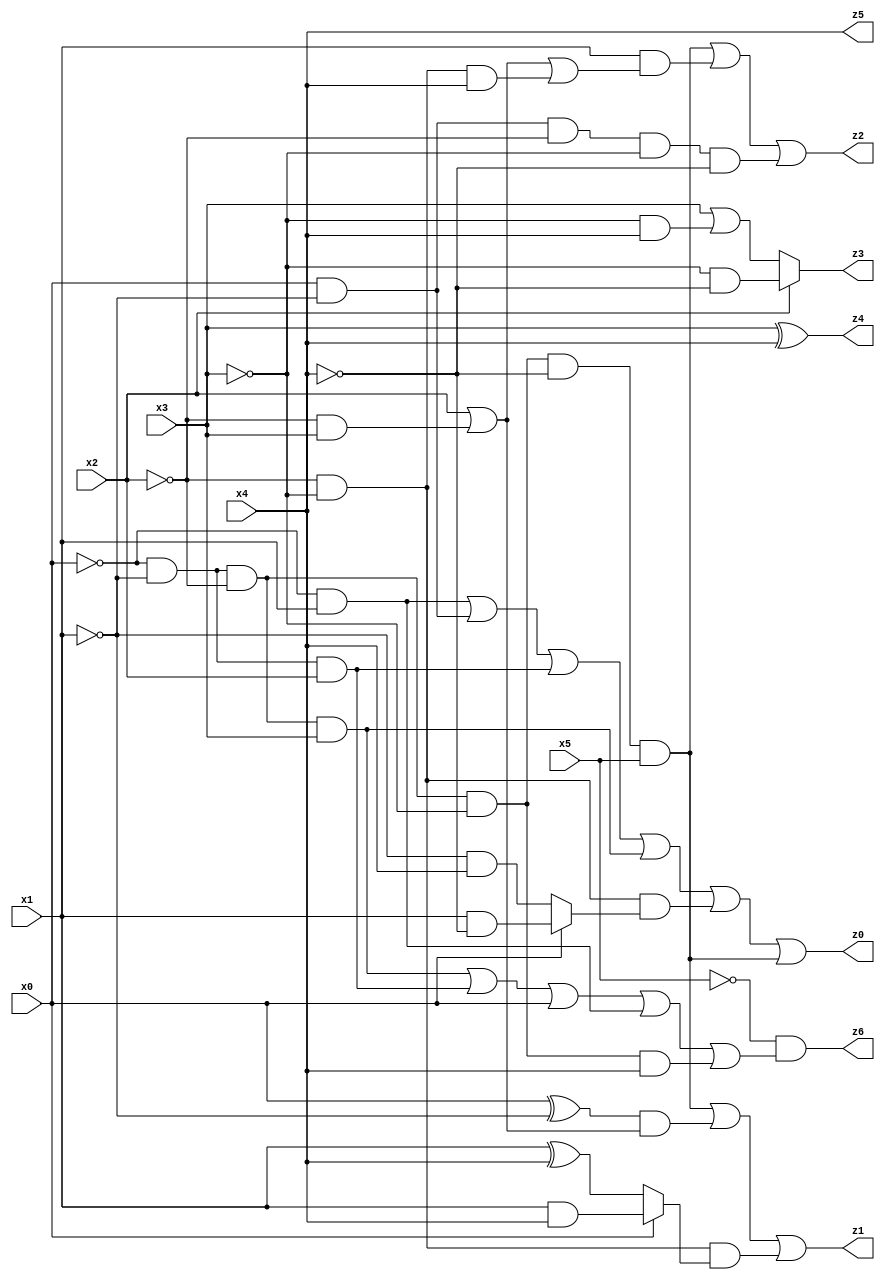
// Benchmark "X_8" written by ABC on Wed Jun 07 15:55:30 2023

module X_22 ( 
    x0, x1, x2, x3, x4, x5,
    z0, z1, z2, z3, z4, z5, z6  );
  input  x0, x1, x2, x3, x4, x5;
  output z0, z1, z2, z3, z4, z5, z6;
  assign z0 = (~x0 & x1) | (x0 & ~x1) | (~x0 & ~x1 & x2) | (~x0 & ~x1 & ~x2 & x3) | (~x2 & ~x3 & (x0 ? (x1 & ~x4) : (~x1 & x4))) | (~x0 & ~x1 & ~x2 & ~x3 & ~x4 & x5);
  assign z1 = (~x0 & ~x1 & ~x2 & ~x3 & ~x4 & x5) | ((x0 ^ ~x1) & (x2 | (~x2 & x3))) | (~x2 & ~x3 & (x0 ? (x1 & x4) : (x1 ^ x4)));
  assign z2 = (~x0 & ~x1 & ~x2 & ~x3 & ~x4 & x5) | (x1 & (x2 | (~x2 & x3) | (~x2 & ~x3 & x4))) | (x0 & ~x1 & ~x2 & ~x3 & ~x4);
  assign z3 = x2 ? (~x3 & ~x4) : (x3 | (~x3 & x4));
  assign z4 = x3 ^ x4;
  assign z5 = x4;
  assign z6 = ~x5 & ((~x0 & ~x1 & ~x2 & x3) | (~x0 & ~x1 & x2) | x0 | (~x0 & x1) | (~x0 & ~x1 & ~x2 & ~x3 & x4));
endmodule